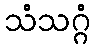
သံသဂ္ဂံ